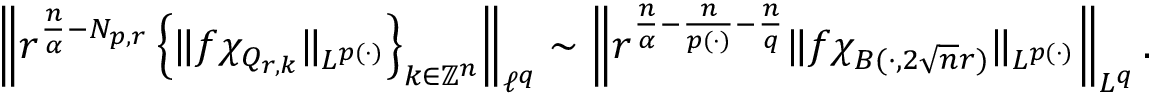
\left\| r ^ { \frac { n } { \alpha } - N _ { p , r } } \left\{ \| f \chi _ { Q _ { r , k } } \| _ { L ^ { p ( \cdot ) } } \right\} _ { k \in \mathbb { Z } ^ { n } } \right\| _ { \ell ^ { q } } \sim \left\| r ^ { \frac { n } { \alpha } - \frac { n } { p ( \cdot ) } - \frac { n } { q } } \| f \chi _ { B ( \cdot , 2 \sqrt { n } r ) } \| _ { L ^ { p ( \cdot ) } } \right\| _ { L ^ { q } } .